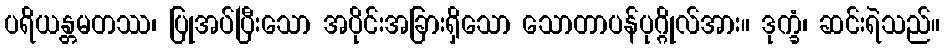
ပရိယန္တမတဿ၊ ပြုအပ်ပြီးသော အပိုင်းအခြားရှိသော သောတာပန်ပုဂ္ဂိုလ်အား။ ဒုက္ခံ၊ ဆင်းရဲသည်။